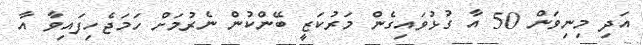
އަދި މިނިވަން 50 އާ ގުޅުވައިގެން މަރުކަޒީ ބޭންކުން ނެރުމަށް ހަމަޖެހިފައިވާ އާ